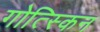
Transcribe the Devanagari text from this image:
गोत्स्किन